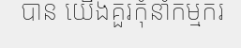
បាន យើងគួរកុំនាំកម្មករ